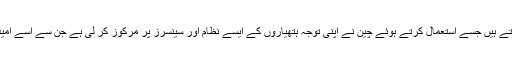
فوجی زبان میں اسے 'اینٹی ایکسس اینڈ ایریا ڈینائل ' کی حکمتِ عملی کہتے ہیں جسے استعمال کرتے ہوئے چین نے اپنی توجہ ہتھیاروں کے ایسے نظام اور سینسرز پر مرکوز کر لی ہے جن سے اسے امید ہے امریکہ کی افواج اس کے ساحلوں سے جتنا ہو سکے دور رہیں گی۔